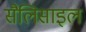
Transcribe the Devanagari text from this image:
सैलिसाइल